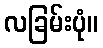
လခြမ်းပုံ။